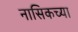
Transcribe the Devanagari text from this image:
नासिकच्या